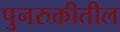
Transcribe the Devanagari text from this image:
पुनरुक्तीतील